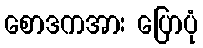
စောဒကအား ပြောပုံ